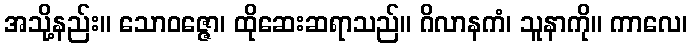
အသို့နည်း။ သောဝဇ္ဇော၊ ထိုဆေးဆရာသည်။ ဂိလာနကံ၊ သူနာကို။ ကာလေ၊